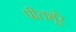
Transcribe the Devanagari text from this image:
पीतभूरे